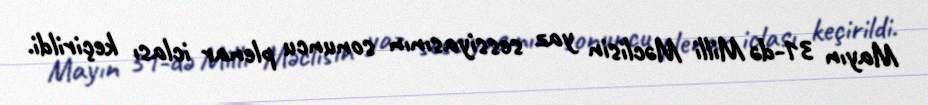
Mayın 31-də Milli Məclisin yaz sessiyasının sonuncu plenar iclası keçirildi.